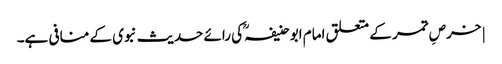
| خرصِ تمر کے متعلق امام ابو حنیفہؒ کی رائے حدیث نبوی کے منافی ہے۔